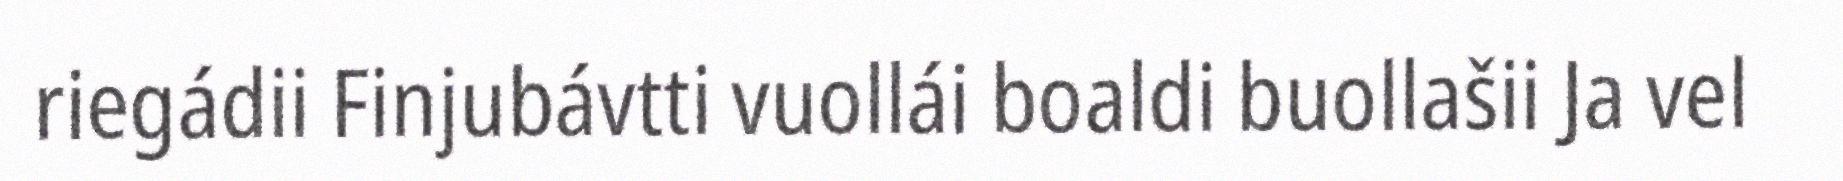
riegádii Finjubávtti vuollái boaldi buollašii Ja vel